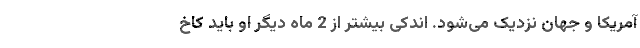
آمریکا و جهان نزدیک می‌شود. اندکی بیشتر از 2 ماه دیگر او باید کاخ